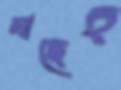
মাছেই